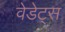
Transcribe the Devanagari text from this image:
वेडेट्स